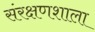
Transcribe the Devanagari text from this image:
संरक्षणशाला